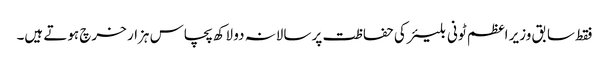
فقط سابق وزیر اعظم ٹونی بلیئر کی حفاظت پر سالانہ دو لاکھ پچاس ہزار خرچ ہوتے ہیں۔